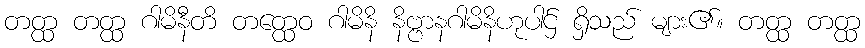
တတ္ထ တတ္ထ ဂါမိနီတိ တတ္ထေဝ ဂါမိနိ နိဗ္ဗာနဂါမိနိဟုပါဌ် ရှိသည် များ၏။ တတ္ထ တတ္ထ